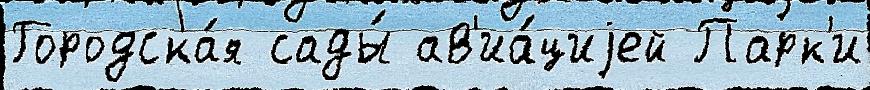
Городска́я сады́ ав'иа́циjей Парк'и